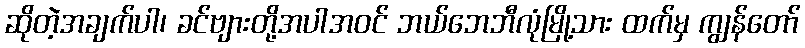
ဆိုတဲ့အချက်ပါ၊ ခင်ဗျားတို့အပါအဝင် ဘယ်ဘေဘီလုံမြို့သား ထက်မှ ကျွန်တော်